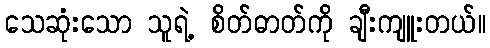
သေဆုံးသော သူရဲ့ စိတ်ဓာတ်ကို ချီးကျူးတယ်။